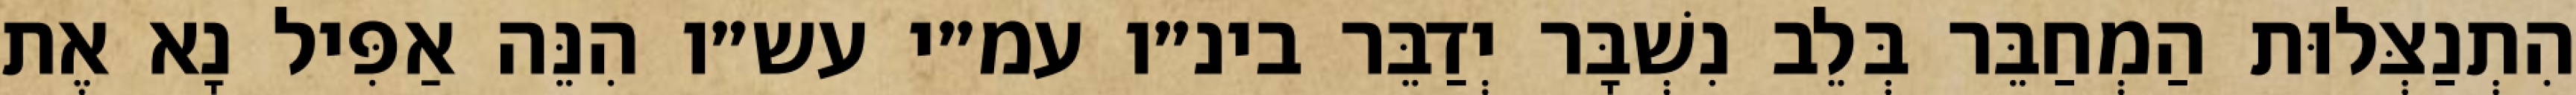
הִתְנַצְּלוּת הַמְחַבֵּר בְּלֵב נִשְׁבָּר יְדַבֵּר בינ״ו עמ״י עש״ו הִנֵּה אַפִּיל נָא אֶת